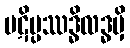
ပဋိပ္ပဿဒ္ဓိလဒ္ဓမှိ